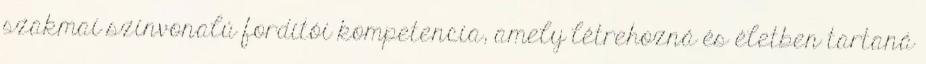
szakmai színvonalú fordítói kompetencia, amely létrehozná és életben tartaná